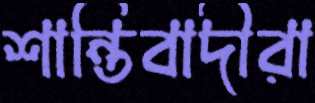
শান্তিবাদীরা